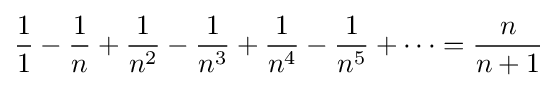
{1 \over 1}-{1 \over n}+{1 \over n^{2}}-{1 \over n^{3}}+{1 \over n^{4}}-{1 \over n^{5}}+\cdots ={n \over n+1}